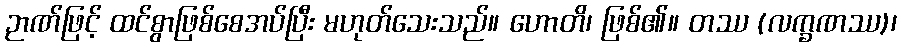
ဉာဏ်ဖြင့် ထင်စွာဖြစ်စေအပ်ပြီး မဟုတ်သေးသည်။ ဟောတိ၊ ဖြစ်၏။ တဿ (လက္ခဏဿ)၊